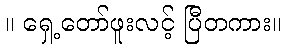
။ ရှေ့တော်ဖူးလင့် ပြီတကား။